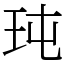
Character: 𤤀